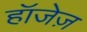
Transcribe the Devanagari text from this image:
हॉजेज़